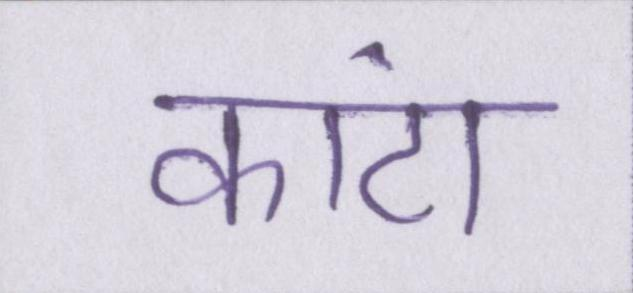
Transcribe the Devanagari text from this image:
कांटा